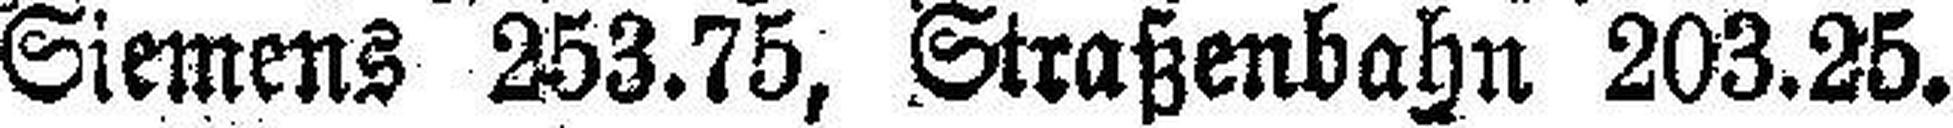
Siemens 253.75, Straßenbahn 203.25.